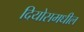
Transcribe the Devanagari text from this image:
दियोसमधील